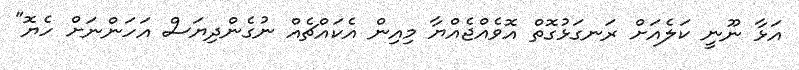
އަޅާ ނޫނީ ކަލެއަށް ރަނގަޅުގޮތް އޮވެއްޖެއްޔާ މިއިން އެކައްޗެއް ނުގެންދިޔަސް އަހަންނަށް ހެޔޮ"